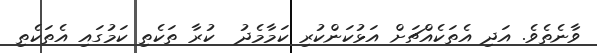
ވާނެތެވެ. އަދި އެތަކެއްޗަށް އަޅުކަންކުރި ކަމާމެދު  ކުރާ ތަކެތި ކަމުގައި އެތަކެތި